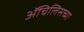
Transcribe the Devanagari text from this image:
ॲचिलिसच्या